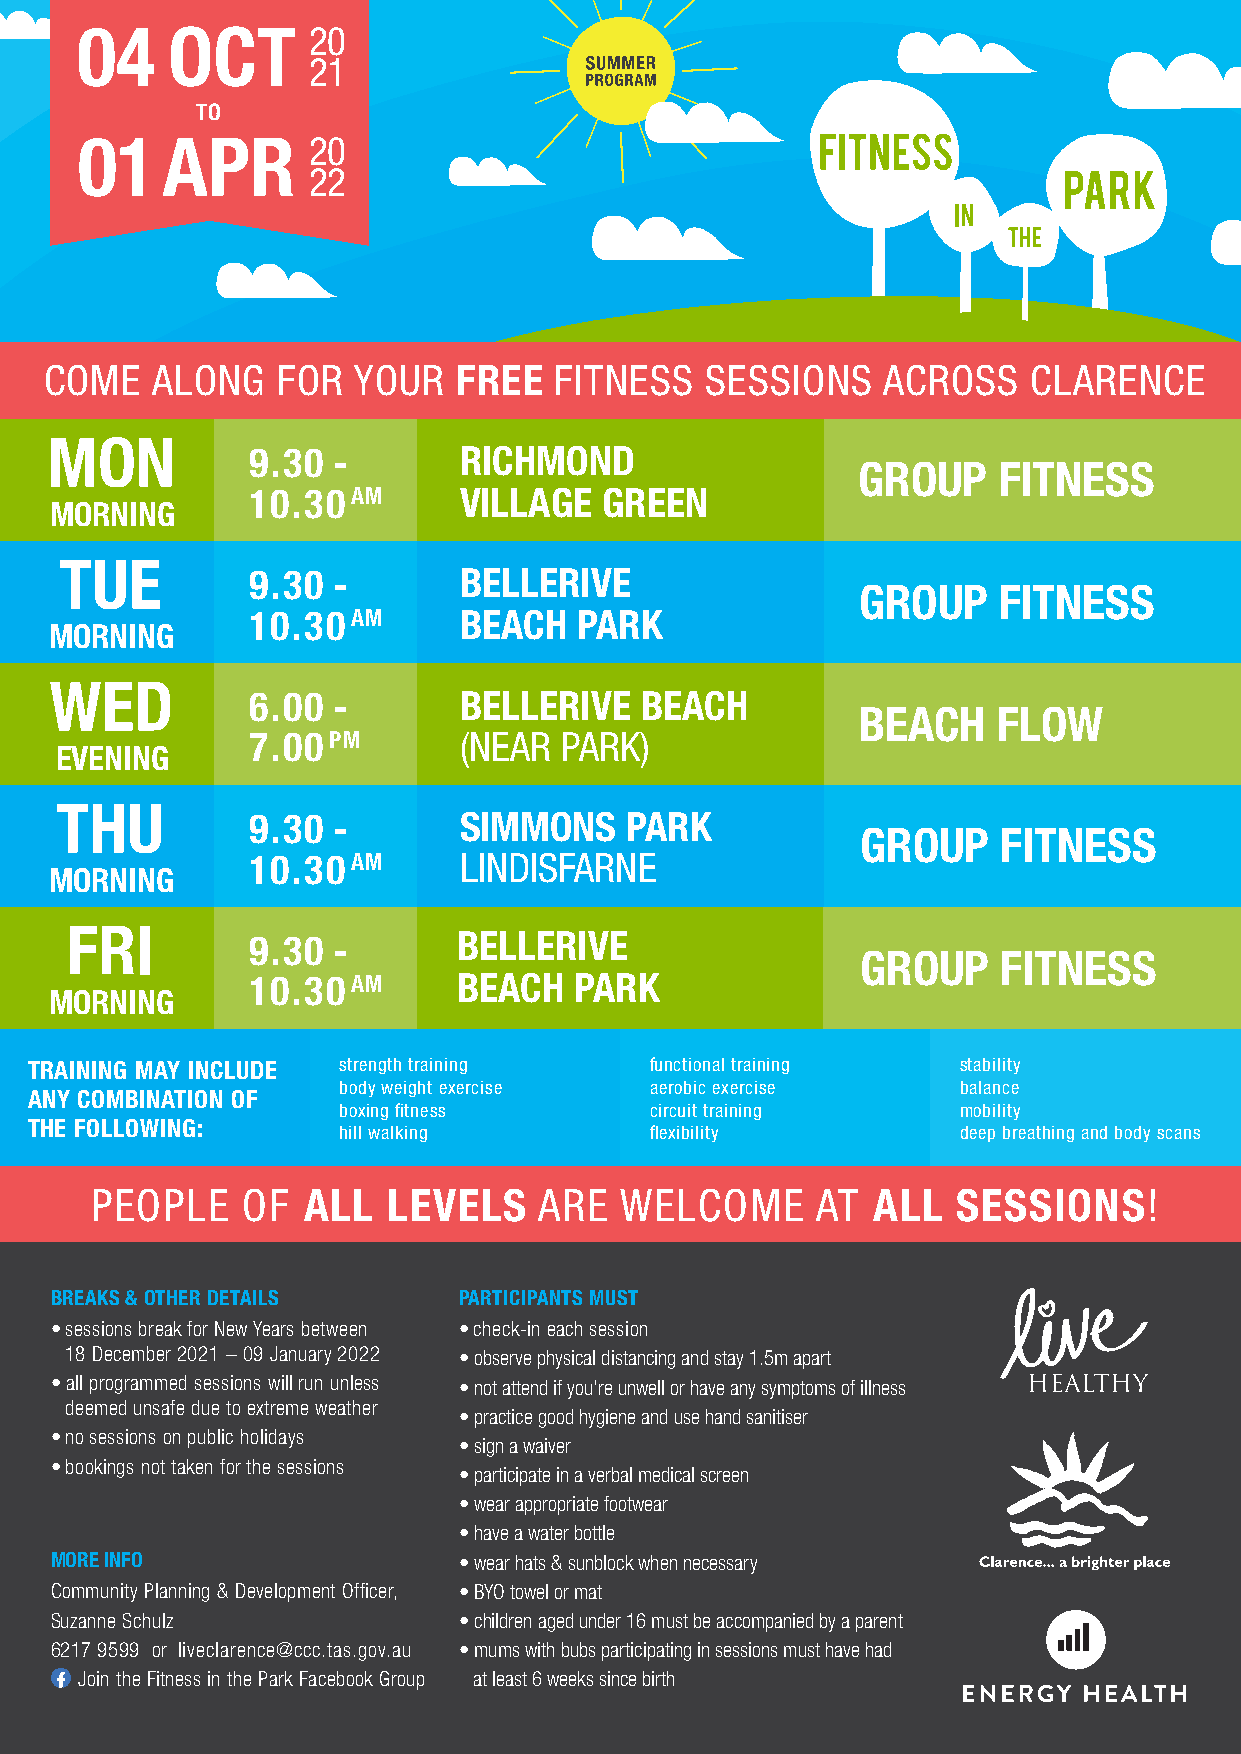
04    OCT      20
 21
 TO
 01    APR      20
 22
 COME   ALONG   FOR  YOUR   FREE   FITNESS   SESSIONS   ACROSS    CLARENCE
 MON
 9.30  -       RICHMOND
 GROUP    FITNESS
 10.30  AM     VILLAGE   GREEN
 MORNING
 TUE
 9.30  -       BELLERIVE
 GROUP    FITNESS
 10.30  AM     BEACH   PARK
 MORNING
 WED
 6.00  -       BELLERIVE   BEACH
 BEACH    FLOW
 7.00  PM      (NEAR  PARK)
 EVENING
 THU
 9.30  -       SIMMONS    PARK
 GROUP    FITNESS
 10.30  AM     LINDISFARNE
 MORNING
 FRI
 9.30  -       BELLERIVE
 GROUP    FITNESS
 10.30  AM     BEACH   PARK
 MORNING
 TRAINING MAY INCLUDE strength training   functional training  stability
 body weight exercise aerobic exercise     balance
 ANY COMBINATION OF
 boxing fitness       circuit training     mobility
 THE FOLLOWING:
 hill walking         flexibility          deep breathing and body scans
 PEOPLE    OF  ALL   LEVELS   ARE   WELCOME      AT  ALL  SESSIONS!
 BREAKS & OTHER DETAILS     PARTICIPANTS MUST
 • sessions break for New Years between • check-in each session
 18 December 2021 − 09 January 2022 • observe physical distancing and stay 1.5m apart
 • all programmed sessions will run unless • not attend if you’re unwell or have any symptoms of illness
 deemed unsafe due to extreme weather
 • practice good hygiene and use hand sanitiser
 • no sessions on public holidays
 • sign a waiver
 • bookings not taken for the sessions
 • participate in a verbal medical screen
 • wear appropriate footwear
 • have a water bottle
 MORE INFO                  • wear hats & sunblock when necessary
 Community Planning & Development Officer, • BYO towel or mat
 Suzanne Schulz             • children aged under 16 must be accompanied by a parent
 6217 9599 or liveclarence@ccc.tas.gov.au • mums with bubs participating in sessions must have had
 Join the Fitness in the Park Facebook Group at least 6 weeks since birth